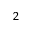
^ 2